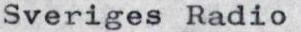
Sveriges Radio